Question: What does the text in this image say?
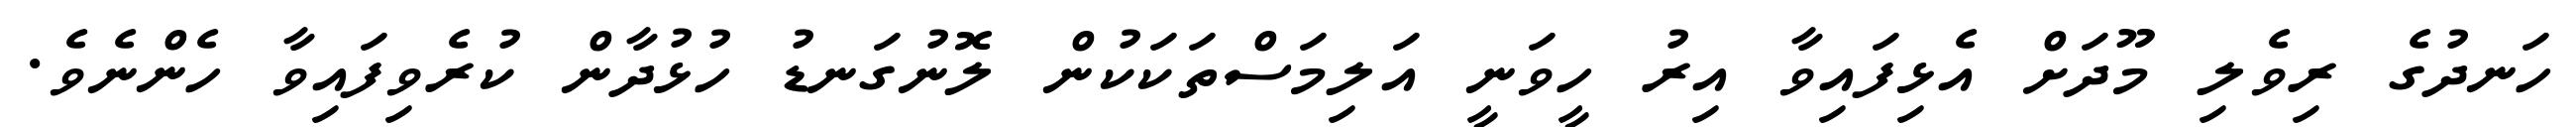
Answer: ހަނދުގެ ރިވެލި މޫދަށް އެޅިފައިވާ އިރު ހީވަނީ އަލިމަސްތަކަކުން ލޮނުގަނޑު ހުޅުދާން ކުރެވިފައިވާ ހެންނެވެ.